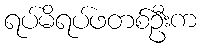
ရပ်မိရပ်ဖတစ်ဦးက